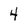
Character: 4